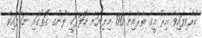
ކުރެވިފައިވާ އިރު މީގެ ތެރެއިން 190 މިލިޔަން ޑޮލަރަކީ ލޯނުގެ ގޮތުގައި ނަގާފައިވާ